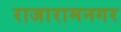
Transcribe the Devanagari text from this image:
राजारामनगर